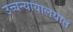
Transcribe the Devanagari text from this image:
उच्चन्यायालयात